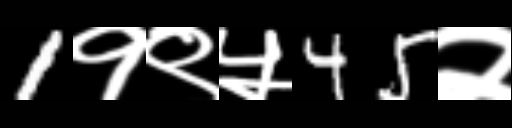
Text: 1१९५45२